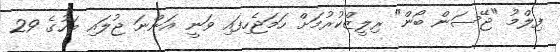
ފިލްމު "ޖޭސަން ބޯން" ރިލީޒްކުރުމަށް ހަމަޖެހިފައި ވަނީ އަންނަ ޖުލައި މަހުގެ 29